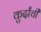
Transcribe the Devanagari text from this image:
कुर्दांची